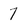
Character: 7